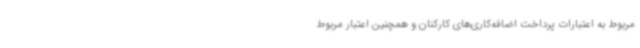
مربوط به اعتبارات پرداخت اضافه‌کاری‌های کارکنان و همچنین اعتبار مربوط